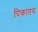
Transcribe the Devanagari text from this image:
पिकातच